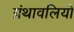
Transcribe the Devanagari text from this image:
ग्रंथावलियों